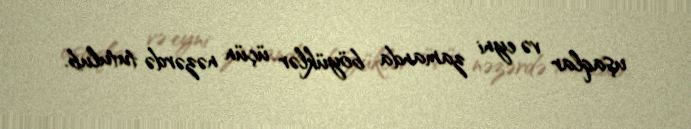
uşaqlar və eyni zamanda böyüklər üçün nəzərdə tutulub.